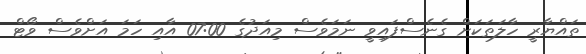
ތައްޔާރީ ހާލަތަކަށް ގެނެސްފައިވީ ނަމަވެސް މިއަދުގެ 07:00 އާއި ހަމަ އަށްވެސް ވޯޓް